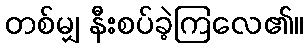
တစ်မျှ နီးစပ်ခဲ့ကြလေ၏။